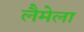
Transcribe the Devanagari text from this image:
लैमेला